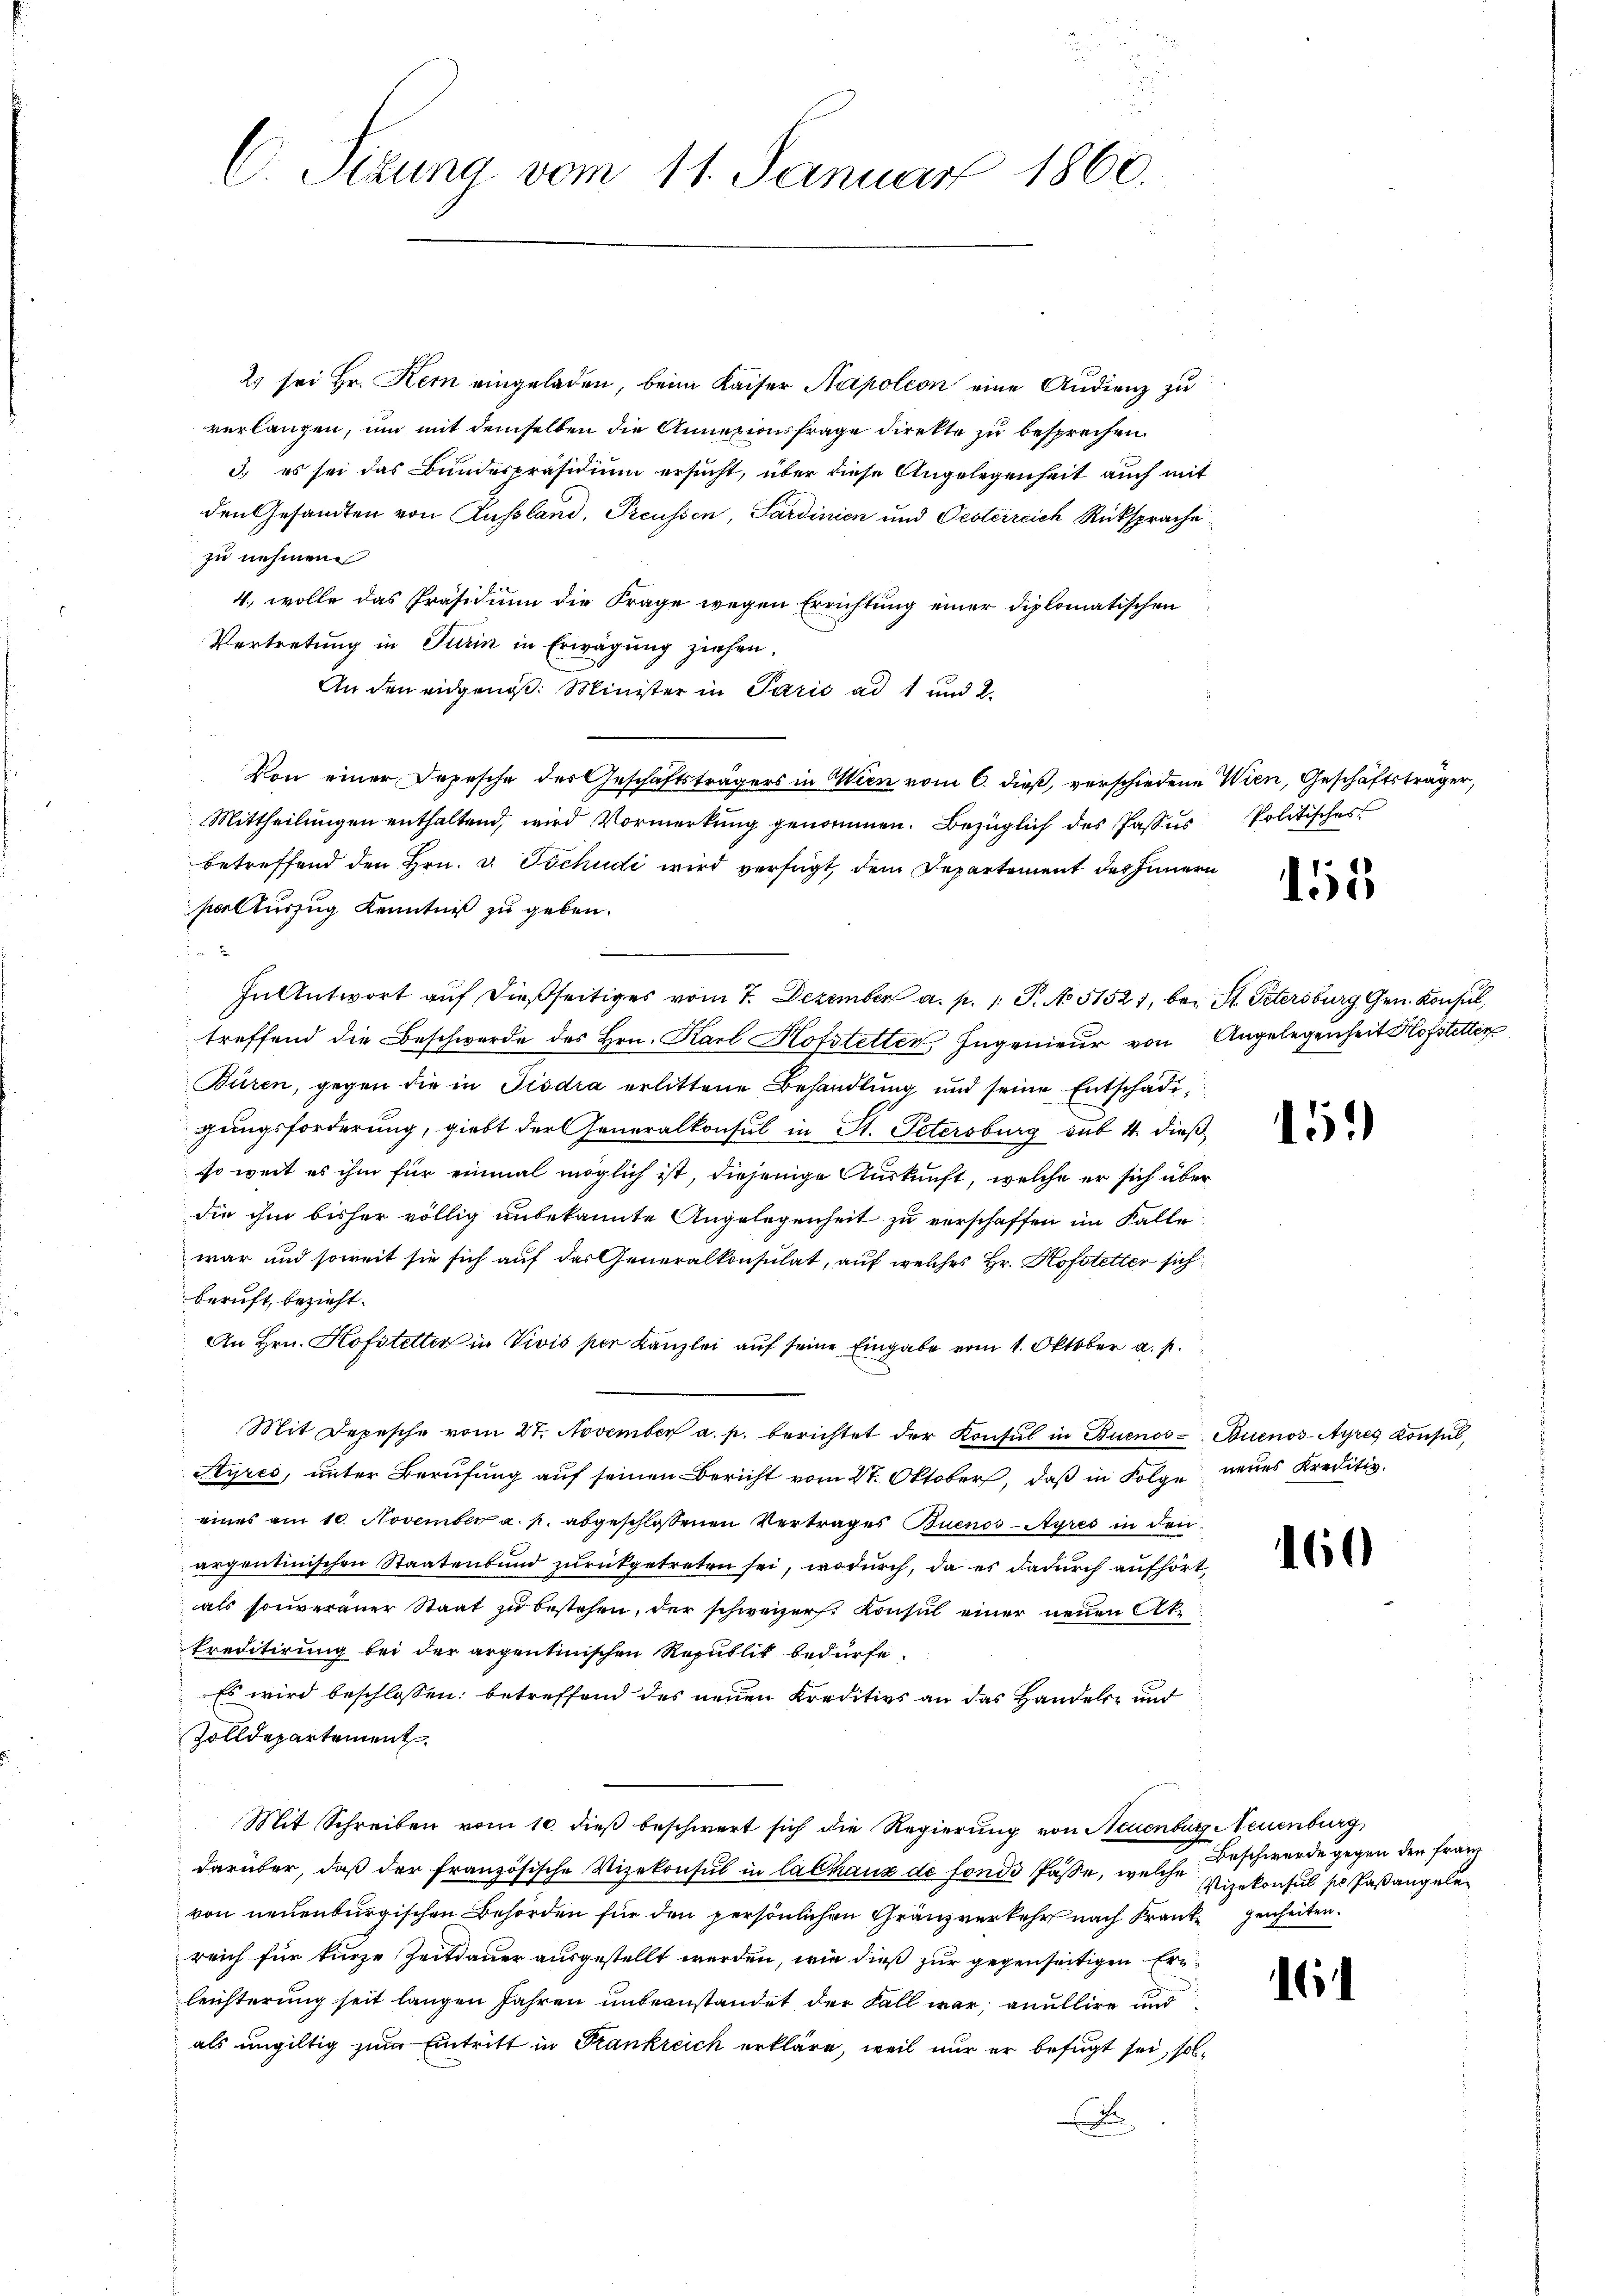
2) sei Hr. Kern eingeladen, beim Kaiser Napoleon eine Audienz zu
verlangen, um mit demselben die Annexionsfrage direkte zu besprechen.
3.) es sei das Bundespräsidium ersucht, über diese Angelegenheit auch mit
den Gesandten von Aussland, Preussen, Sardinien und Oesterreich Rücksprache
zu nehmen.
4., wolle das Präsidium die Frage wegen Errichtung einer diplomatischen
Vertretung in Turin in Erwägung ziehen.
An den eidgenoß. Minister in Paris ad 1 und 2.
Von einer Depesche der Geschäftsträgers in Wien vom 6. dieß, verschiedene Wien, Geschäftsträger,
Mittheilungen enthaltend, wird Vormerkung genommen. Bezüglich des Passus Politisches
betreffend den Hrn. v. Tschudi wird verfügt, dem Departement des Innern
palturzug Kenntniß zu geben.

In Antwort auf dießseitiges vom 7. Dezember a. p. 1. P. No 51521, bei St. Petersburg Gen. Konsul,
treffend die Beschwerde des Hrn. Karl Hofstetter Ingenieur von Angelegenheit Hofstetter
Büren, gegen die in Tisdra erlittene Behandlung und seine Entschädigungsforderung, giebt der Generalkonsul in St. Petersburg sub 4. dießso weit es ihm für einmal möglich ist, diejenige Auskunft, welche er sich über
die ihm bisher völlig unbekannte Angelegenheit zu verschaffen im Falle
war und soweit sie sich auf das Generalkonsulat, auf welches Hr. Hofstetter sich
beruft, bezieht.
An Hrn. Hofstetter in Vivis per Kanzlei auf seine Eingabe vom 1. Oktober a. p.
Mit Depesche vom 27. November a. p. berichtet der Konsul in Buenos- Buenos-Ayres Konsul,
Styres, unter Berufung auf seinen Bericht vom 27. Oktober, daß in Folge neues Kreditiv
eines am 10. November a. p. abgeschlossenen Vertrages Buenos-Ayres in den
argentinischen Staatenbund zurückgetreten sei, wodurch, da es dadurch aufhört,
als souveraner Staat zŭ bestehen, der schweizer. Konsul einer neuen At¬
Preditirung bei der argentinischen Republik bedürfe.
Es wird beschlossen: betreffend des neuen Kreditivs an das Handels- und
Zolldepartement
Mit Schreiben vom 10. dieß beschwert sich die Regierung von Neuenburg Neuenburg
darüber, daß der französische Vizekonsul in lalhaus de fonde Pässe, welche Vizekonsul so Paßangelevon neuenburgischen Behörden für den persönlichen Gränzverkehr nach Krank genheiten.
reich für kurze Zeitdauer ausgestellt werden, wie dieß zur gegenseitigen Erleichterung seit langen Jahren unbeanstandet der Fall war, anullire und
als ungültig zum Eintritt in Krankreich erkläre, weil nur er befugt sei, solx

C. Sizung vom 11. Januar 1860.

155

151

160

6

Beschwerde gegen den Franz